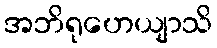
အဘိရုဟေယျာသိ